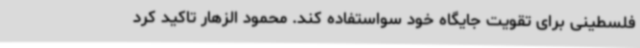
فلسطینی برای تقویت جایگاه خود سواستفاده کند. محمود الزهار تاکید کرد